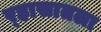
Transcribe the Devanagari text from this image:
र्‍हासातला